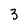
Character: 3